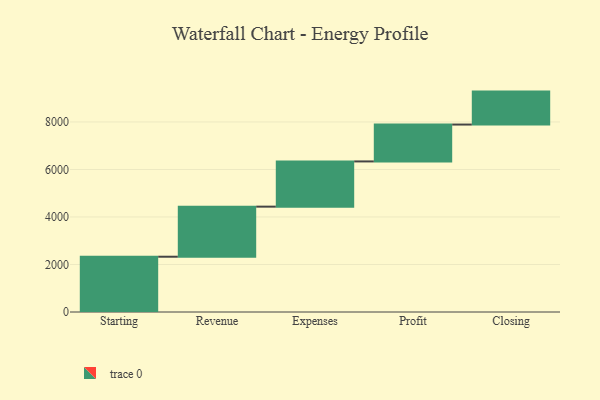
{"axis": {"x": "Step", "y": "Value"}, "legend": [""], "data": [{"x": "Starting", "y": 2327.0, "type": ""}, {"x": "Revenue", "y": 2108.0, "type": ""}, {"x": "Expenses", "y": 1904.0, "type": ""}, {"x": "Profit", "y": 1552.0, "type": ""}, {"x": "Closing", "y": 1387.0, "type": ""}]}